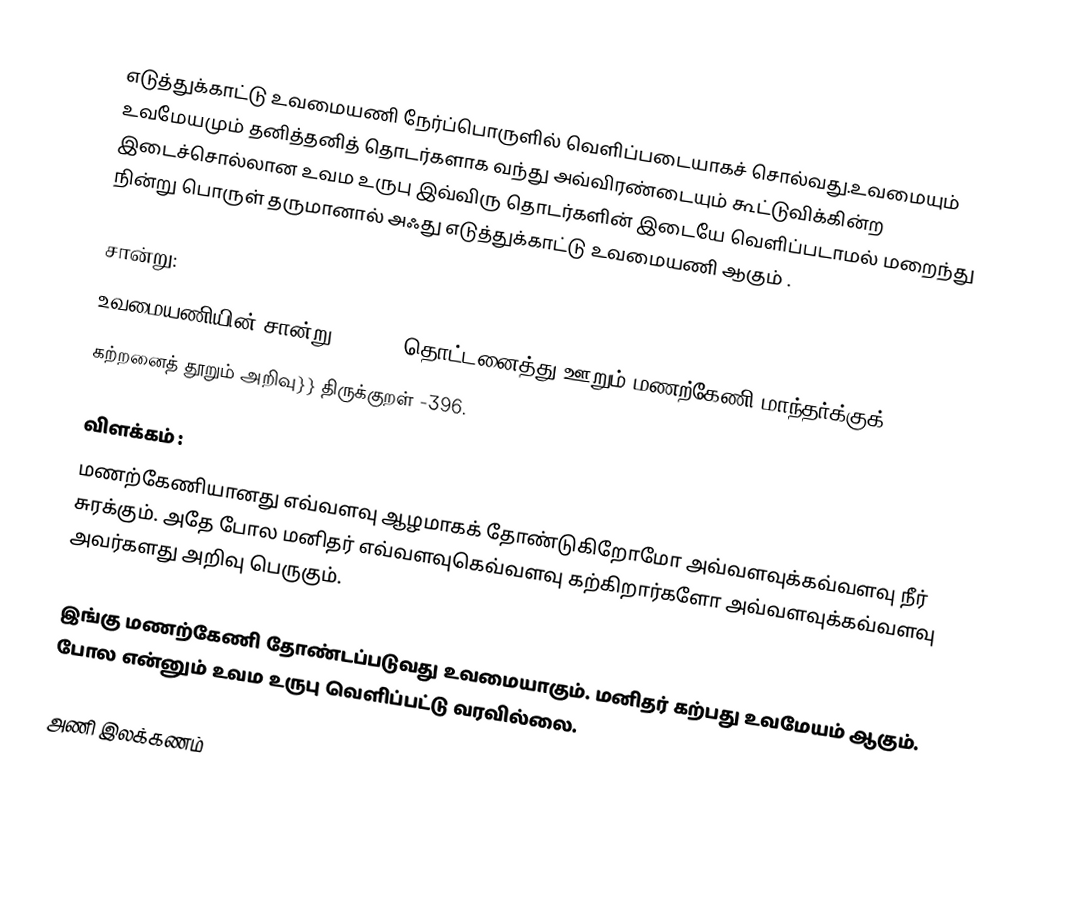
எடுத்துக்காட்டு உவமையணி நேர்ப்பொருளில் வெளிப்படையாகச் சொல்வது.உவமையும் உவமேயமும் தனித்தனித் தொடர்களாக வந்து அவ்விரண்டையும் கூட்டுவிக்கின்ற இடைச்சொல்லான உவம உருபு இவ்விரு தொடர்களின் இடையே வெளிப்படாமல் மறைந்து நின்று பொருள் தருமானால் அஃது எடுத்துக்காட்டு உவமையணி ஆகும் .

சான்று:
உவமையணியின் சான்று{{cquote|தொட்டனைத்து ஊறும் மணற்கேணி மாந்தர்க்குக்
கற்றனைத் தூறும் அறிவு}} திருக்குறள் -396.

விளக்கம் :
மணற்கேணியானது எவ்வளவு ஆழமாகக் தோண்டுகிறோமோ அவ்வளவுக்கவ்வளவு நீர் சுரக்கும். அதே போல மனிதர் எவ்வளவுகெவ்வளவு கற்கிறார்களோ அவ்வளவுக்கவ்வளவு அவர்களது அறிவு பெருகும்.

   இங்கு மணற்கேணி தோண்டப்படுவது உவமையாகும். மனிதர் கற்பது உவமேயம் ஆகும். போல என்னும்  உவம உருபு வெளிப்பட்டு வரவில்லை.

அணி இலக்கணம்